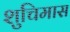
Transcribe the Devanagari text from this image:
शुचिमास